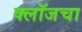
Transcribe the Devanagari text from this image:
क्लॉजचा